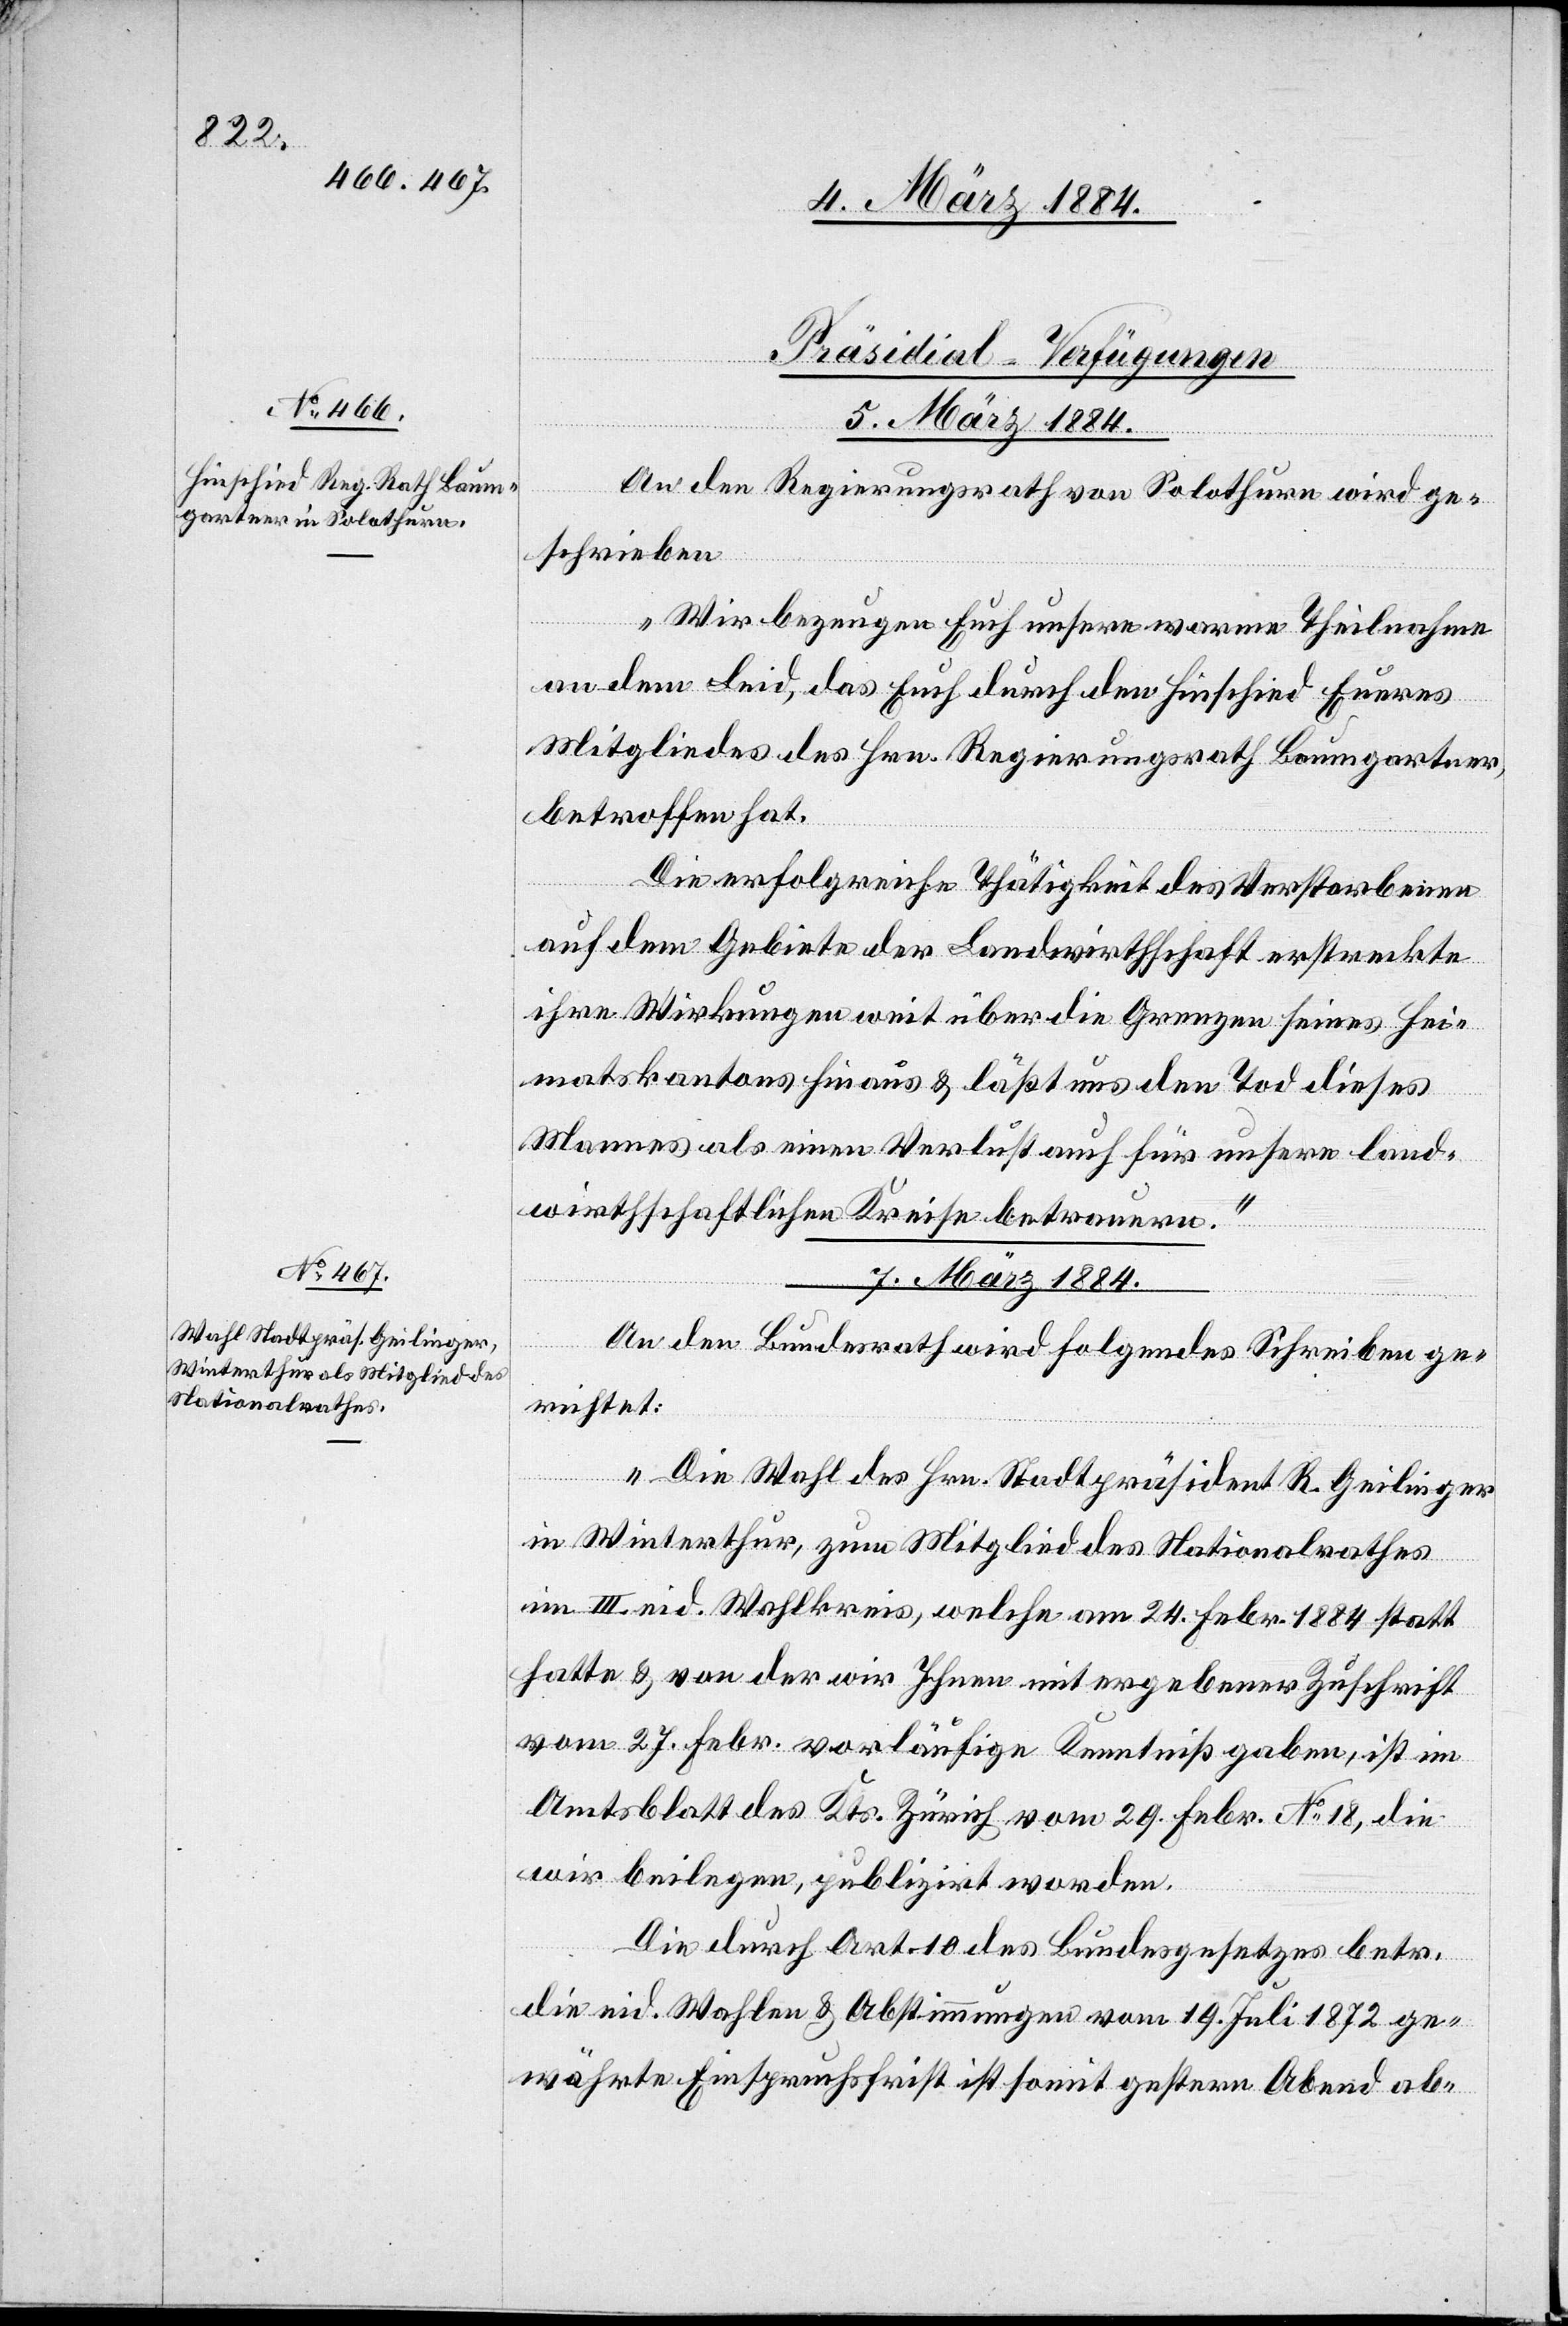
[Präsidial-Verfügungen.]
7. März 1884.
An den Regierungsrath von Solothurn wird ge¬
schrieben:
„Wir bezeugen Euch unsere warme Theilnahme
an dem Leid, das Euch durch den Hinschied Eueres
Mitgliedes des Hrn. Regierungsrathes Baumgartner,
betroffen hat.
Die erfolgreiche Thätigkeit des Verstorbenen
auf dem Gebiete der Landwirtschaft erstreckte
ihre Wirkung weit über die Grenzen seines Hei¬
matskantons hinaus & läßt uns den Tod dieses
Mannes als einen Verlust auch für unsere land¬
wirthschaftlichen Kreise betrauern.“
An den Bundesrath wird folgendes Schreiben ge¬
richtet:
„Die Wahl des Hrn. Stadtpräsident R. Geilinger
in Winterthur, zum Mitglied des Nationalrathes
im III. eid. Wahlkreis, welche am 24. Febr. 1884 statt
hatte & von der wir Ihnen mit ergebener Zuschrift
vom 27. Febr. vorläufige Kenntniß gaben, ist im
Amtsblatt des Kts. Zürich vom 29. Febr. No 18, die
wir beilegen, publizirt worden.
Die durch Art. 10 des Bundesgesetzes betr.
die eid. Wahlen & Abstimmungen vom 19. Juli 1872 ge¬
währte Einspruchsfrist ist somit gestern Abend ab-